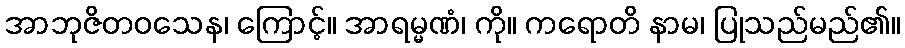
အာဘုဇိတဝသေန၊ ကြောင့်။ အာရမ္မဏံ၊ ကို။ ကရောတိ နာမ၊ ပြုသည်မည်၏။